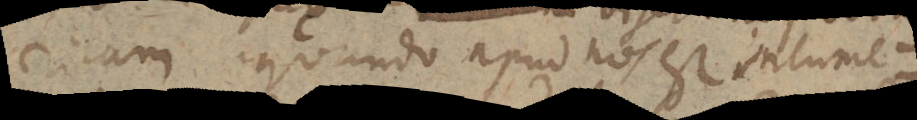
ricam quando apud nos est intume-